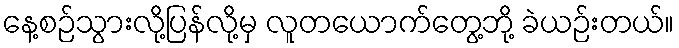
နေ့စဉ်သွားလို့ပြန်လို့မှ လူတယောက်တွေ့ဘို့ ခဲယဉ်းတယ်။